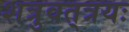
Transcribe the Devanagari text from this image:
शत्रुवत्‌त्रयः